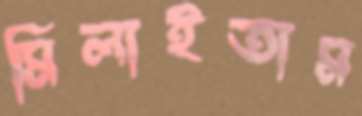
মিলাইতাম